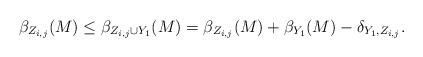
LaTeX: \begin{align*}\beta_{Z_{i,j}}(M)\leq\beta_{Z_{i,j}\cup Y_{1}}(M)=\beta_{Z_{i,j}}(M)+\beta_{Y_{1}}(M)-\delta_{Y_{1},Z_{i,j}}.\end{align*}